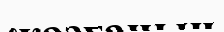
жазғанын